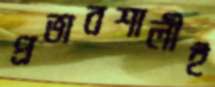
প্রভাবশালীই